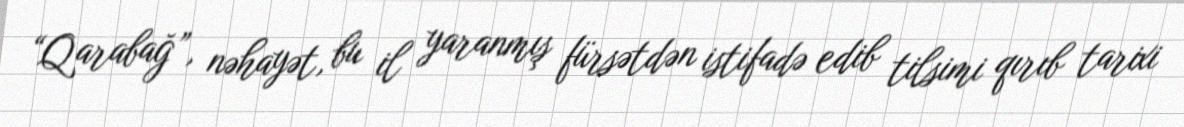
“Qarabağ”, nəhayət, bu il yaranmış fürsətdən istifadə edib tilsimi qırıb tarixi